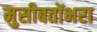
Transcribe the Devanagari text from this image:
मुसीबतोंभरा